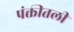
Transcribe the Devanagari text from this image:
पंक्तीतली